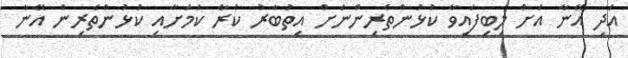
އަދި އޭނާ އަށް ލިބިފައިވާ ކުޅުންތެރިންނަށް އިތުބާރު ކުރާ ކަމަށާއި ކުޅުންތެރިން އޭނާ